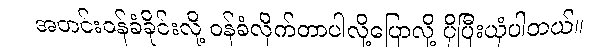
အတင်းဝန်ခံခိုင်းလို့ ဝန်ခံလိုက်တာပါလို့ပြောလို့ ပိုပြီးယုံပါတယ်။